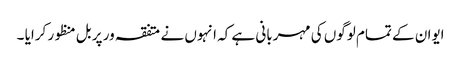
ایوان کے تمام لوگوں کی مہربانی ہے کہ انہوں نے متفقہ ور پر بل منظور کرایا ۔